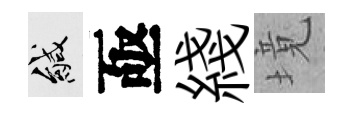
緘亟綫境